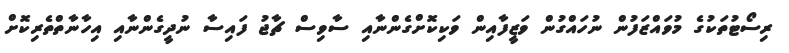
ރިސޯޓުތަކުގެ މުވައްޒަފުން ނުހައްގުން ވަޒީފާއިން ވަކިކޮށްގެންނާއި ސާވިސް ޗާޖު ފައިސާ ނުދީގެންނާއި އިހާނާތްތެރިކޮށް